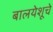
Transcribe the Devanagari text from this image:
बालयेशूचे